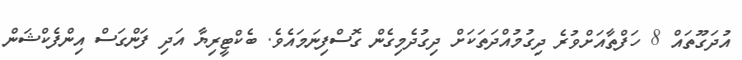
އުދަގޫތައް 8 ހަފްތާއަށްވުރެ ދިގުމުއްދަތަކަށް ދިގުދެމިގެން ގޮސްފިނަމައެވެ. ބެކްޓީރިޔާ އަދި ފަންގަސް އިންފެކްޝަން